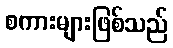
စကားများဖြစ်သည်